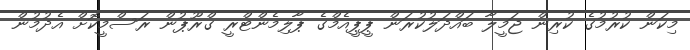
މިކަން ކުރުމުގެ ކުރިން ޖަމީލާ ބައްދަލުކުރަން ޕީޕީއެމްގެ ޕާލިމެންޓްރީ ގްރޫޕުން ރަސްމީކޮށް އެދުމުން